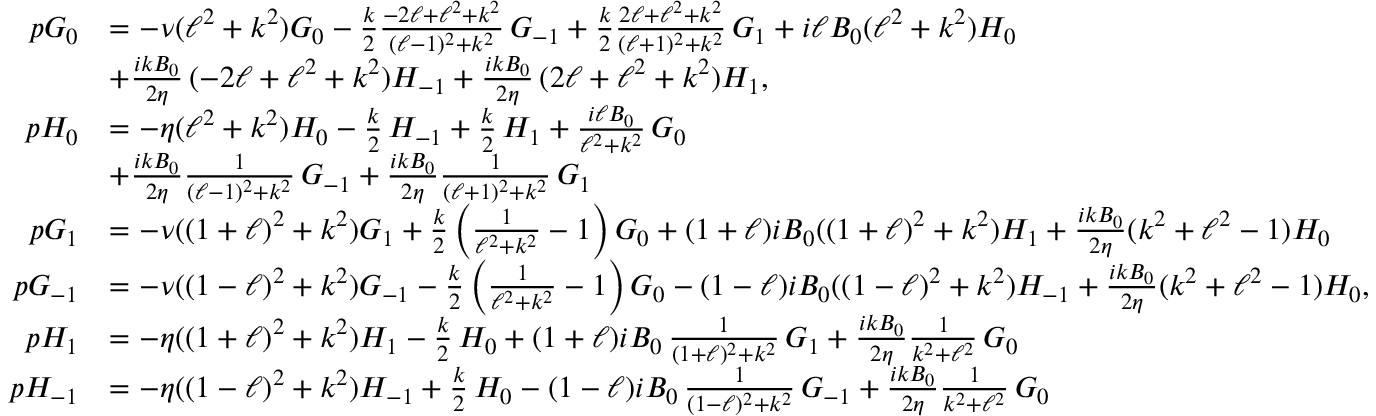
\begin{array} { r l } { p G _ { 0 } } & { = - \nu ( \ell ^ { 2 } + k ^ { 2 } ) G _ { 0 } - \frac { k } { 2 } \frac { - 2 \ell + \ell ^ { 2 } + k ^ { 2 } } { ( \ell - 1 ) ^ { 2 } + k ^ { 2 } } \, G _ { - 1 } + \frac { k } { 2 } \frac { 2 \ell + \ell ^ { 2 } + k ^ { 2 } } { ( \ell + 1 ) ^ { 2 } + k ^ { 2 } } \, G _ { 1 } + i \ell B _ { 0 } ( \ell ^ { 2 } + k ^ { 2 } ) H _ { 0 } } \\ & { + \frac { i k B _ { 0 } } { 2 \eta } \, ( - 2 \ell + \ell ^ { 2 } + k ^ { 2 } ) H _ { - 1 } + \frac { i k B _ { 0 } } { 2 \eta } \, ( 2 \ell + \ell ^ { 2 } + k ^ { 2 } ) H _ { 1 } , } \\ { p H _ { 0 } } & { = - \eta ( \ell ^ { 2 } + k ^ { 2 } ) H _ { 0 } - \frac { k } { 2 } \, H _ { - 1 } + \frac { k } { 2 } \, H _ { 1 } + \frac { i \ell B _ { 0 } } { \ell ^ { 2 } + k ^ { 2 } } \, G _ { 0 } } \\ & { + \frac { i k B _ { 0 } } { 2 \eta } \frac { 1 } { ( \ell - 1 ) ^ { 2 } + k ^ { 2 } } \, G _ { - 1 } + \frac { i k B _ { 0 } } { 2 \eta } \frac { 1 } { ( \ell + 1 ) ^ { 2 } + k ^ { 2 } } \, G _ { 1 } } \\ { p G _ { 1 } } & { = - \nu ( ( 1 + \ell ) ^ { 2 } + k ^ { 2 } ) G _ { 1 } + \frac { k } { 2 } \left( \frac { 1 } { \ell ^ { 2 } + k ^ { 2 } } - 1 \right) G _ { 0 } + ( 1 + \ell ) i B _ { 0 } ( ( 1 + \ell ) ^ { 2 } + k ^ { 2 } ) H _ { 1 } + \frac { i k B _ { 0 } } { 2 \eta } ( k ^ { 2 } + \ell ^ { 2 } - 1 ) H _ { 0 } } \\ { p G _ { - 1 } } & { = - \nu ( ( 1 - \ell ) ^ { 2 } + k ^ { 2 } ) G _ { - 1 } - \frac { k } { 2 } \left( \frac { 1 } { \ell ^ { 2 } + k ^ { 2 } } - 1 \right) G _ { 0 } - ( 1 - \ell ) i B _ { 0 } ( ( 1 - \ell ) ^ { 2 } + k ^ { 2 } ) H _ { - 1 } + \frac { i k B _ { 0 } } { 2 \eta } ( k ^ { 2 } + \ell ^ { 2 } - 1 ) H _ { 0 } , } \\ { p H _ { 1 } } & { = - \eta ( ( 1 + \ell ) ^ { 2 } + k ^ { 2 } ) H _ { 1 } - \frac { k } { 2 } \, H _ { 0 } + ( 1 + \ell ) i B _ { 0 } \, \frac { 1 } { ( 1 + \ell ) ^ { 2 } + k ^ { 2 } } \, G _ { 1 } + \frac { i k B _ { 0 } } { 2 \eta } \frac { 1 } { k ^ { 2 } + \ell ^ { 2 } } \, G _ { 0 } } \\ { p H _ { - 1 } } & { = - \eta ( ( 1 - \ell ) ^ { 2 } + k ^ { 2 } ) H _ { - 1 } + \frac { k } { 2 } \, H _ { 0 } - ( 1 - \ell ) i B _ { 0 } \, \frac { 1 } { ( 1 - \ell ) ^ { 2 } + k ^ { 2 } } \, G _ { - 1 } + \frac { i k B _ { 0 } } { 2 \eta } \frac { 1 } { k ^ { 2 } + \ell ^ { 2 } } \, G _ { 0 } } \end{array}